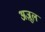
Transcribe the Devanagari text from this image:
अज़ूल